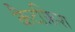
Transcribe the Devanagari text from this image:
कैटफ़िश